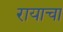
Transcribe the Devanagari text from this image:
रायाचा